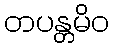
တပန္တမိဝ